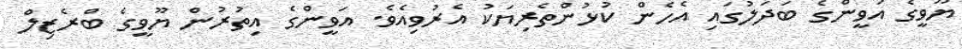
ޔޫވީގެ އަވީންގެ ބަދަލުގައި އެހެން ކުޅުންތެރިޔަކު އެރުވިއެވެ. އަވީންގެ އިތުރުން ޔޫވީގެ ބްރެޒިލް